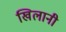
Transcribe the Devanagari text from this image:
खिलानी